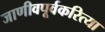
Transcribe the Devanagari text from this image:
जाणीवपूर्वकरित्या